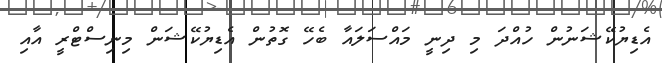
އެޑިޔުކޭޝަނުން ހުއްދަ މި ދިނީ މައްސަލައާ ބެހޭ ގޮތުން އެޑިޔުކޭޝަން މިނިސްޓްރީ އާއި